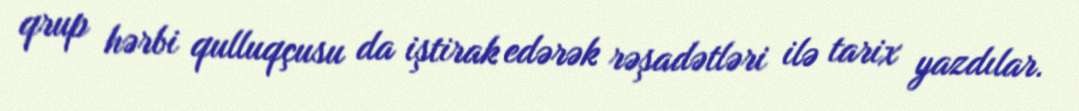
qrup hərbi qulluqçusu da iştirak edərək rəşadətləri ilə tarix yazdılar.